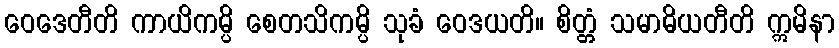
ဝေဒေတီတိ ကာယိကမ္ပိ စေတသိကမ္ပိ သုခံ ဝေဒယတိ။ စိတ္တံ သမာဓိယတီတိ ဣမိနာ